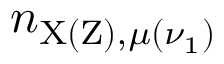
n _ { \mathrm { X ( Z ) , } \mu ( \nu _ { 1 } ) }